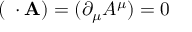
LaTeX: ( \mathbf { \partial } \cdot \mathbf { A } ) = ( \partial _ { \mu } A ^ { \mu } ) = 0